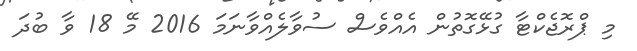
މި ޕްރޮޖެކްޓާ ގުޅޭގޮތުން އެއްވެސް ސުވާލެއްވާނަމަ 2016 މޭ 18 ވާ ބުދަ